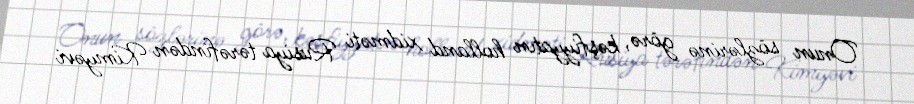
Onun sözlərinə görə, kəşfiyyatın holland xidməti Rusiya tərəfindən Kimyəvi